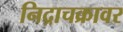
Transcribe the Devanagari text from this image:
निद्राचक्रावर